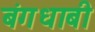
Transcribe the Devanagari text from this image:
बंगधाबी